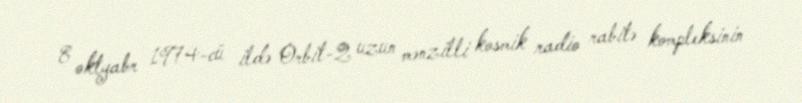
8 oktyabr 1974-cü ildə Orbit-2 uzun mənzilli kosmik radio rabitə kompleksinin